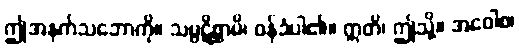
ဤအနက်သဘောကို။ သမ္ပဋိစ္ဆာမိ၊ ဝန်ခံပါ၏။ ဣတိ၊ ဤသို့။ အဝေါစ၊